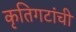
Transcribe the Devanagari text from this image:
कृतिगटांची